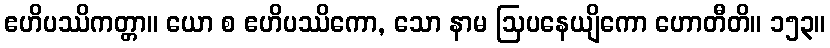
ဧဟိပဿိကတ္တာ။ ယော စ ဧဟိပဿိကော, သော နာမ ဩပနေယျိကော ဟောတီတိ။ ၁၅၃။